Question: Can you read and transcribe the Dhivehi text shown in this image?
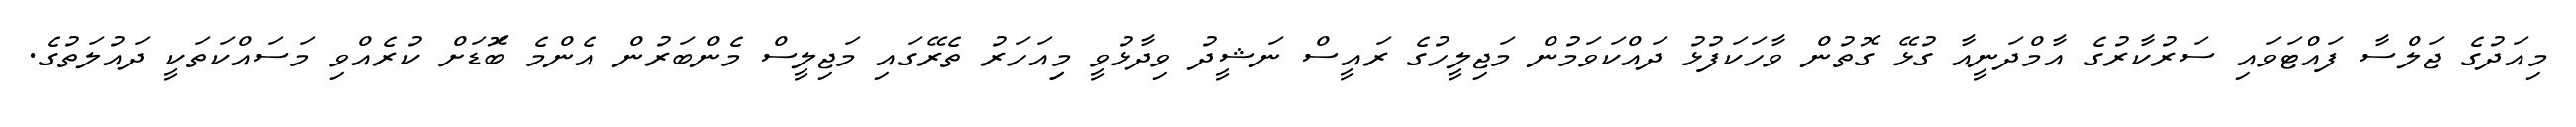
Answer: މިއަދުގެ ޖަލްސާ ފައްޓަވައި ސަރުކާރުގެ އާމްދަނީއާ ގުޅޭ ގޮތުން ވާހަކަފުޅު ދައްކަވަމުން މަޖިލީހުގެ ރައީސް ނަޝީދު ވިދާޅުވީ މިިއަހަރު ތެރޭގައި މަޖިލީސް މެންބަރުން އެންމެ ބޮަޑަށް ކުރެއްވި މަސައްކަތަކީ ދައުލަތުގެ.